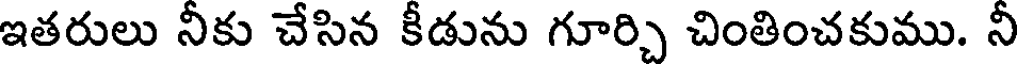
ఇతరులు నీకు చేసిన కీడును గూర్చి చింతించకుము. నీ